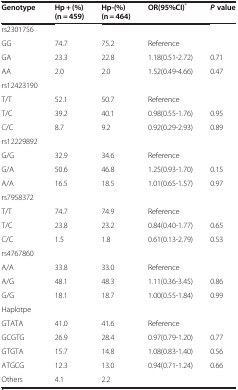
<table><thead><tr><td><b>Genotype</b></td><td><b>Hp + (%)</b></td><td><b>Hp-(%)</b></td><td><b>OR(95%CI)<sup>*</sup></b></td><td><b><i>P</i>value</b></td></tr><tr><td><b> </b></td><td><b>(n = 459)</b></td><td><b>(n = 464)</b></td><td><b> </b></td><td><b> </b></td></tr></thead><tbody><tr><td>rs2301756</td><td> </td><td> </td><td> </td><td> </td></tr><tr><td>GG</td><td>74.7</td><td>75.2</td><td>Reference</td><td> </td></tr><tr><td>GA</td><td>23.3</td><td>22.8</td><td>1.18(0.51-2.72)</td><td>0.71</td></tr><tr><td>AA</td><td>2.0</td><td>2.0</td><td>1.52(0.49-4.66)</td><td>0.47</td></tr><tr><td>rs12423190</td><td> </td><td> </td><td> </td><td> </td></tr><tr><td>T/T</td><td>52.1</td><td>50.7</td><td>Reference</td><td> </td></tr><tr><td>T/C</td><td>39.2</td><td>40.1</td><td>0.98(0.55-1.76)</td><td>0.95</td></tr><tr><td>C/C</td><td>8.7</td><td>9.2</td><td>0.92(0.29-2.93)</td><td>0.89</td></tr><tr><td>rs12229892</td><td> </td><td> </td><td> </td><td> </td></tr><tr><td>G/G</td><td>32.9</td><td>34.6</td><td>Reference</td><td> </td></tr><tr><td>G/A</td><td>50.6</td><td>46.8</td><td>1.25(0.93-1.70)</td><td>0.15</td></tr><tr><td>A/A</td><td>16.5</td><td>18.5</td><td>1.01(0.65-1.57)</td><td>0.97</td></tr><tr><td>rs7958372</td><td> </td><td> </td><td> </td><td> </td></tr><tr><td>T/T</td><td>74.7</td><td>74.9</td><td>Reference</td><td> </td></tr><tr><td>T/C</td><td>23.8</td><td>23.2</td><td>0.84(0.40-1.77)</td><td>0.65</td></tr><tr><td>C/C</td><td>1.5</td><td>1.8</td><td>0.61(0.13-2.79)</td><td>0.53</td></tr><tr><td>rs4767860</td><td> </td><td> </td><td> </td><td> </td></tr><tr><td>A/A</td><td>33.8</td><td>33.0</td><td>Reference</td><td> </td></tr><tr><td>A/G</td><td>48.1</td><td>48.3</td><td>1.11(0.36-3.45)</td><td>0.86</td></tr><tr><td>G/G</td><td>18.1</td><td>18.7</td><td>1.00(0.55-1.84)</td><td>0.99</td></tr><tr><td>Haplotpe</td><td> </td><td> </td><td> </td><td> </td></tr><tr><td>GTATA</td><td>41.0</td><td>41.6</td><td>Reference</td><td> </td></tr><tr><td>GCGTG</td><td>26.9</td><td>28.4</td><td>0.97(0.79-1.20)</td><td>0.77</td></tr><tr><td>GTGTA</td><td>15.7</td><td>14.8</td><td>1.08(0.83-1.40)</td><td>0.56</td></tr><tr><td>ATGCG</td><td>12.3</td><td>13.0</td><td>0.94(0.71-1.24)</td><td>0.66</td></tr><tr><td>Others</td><td>4.1</td><td>2.2</td><td> </td><td> </td></tr></tbody></table>